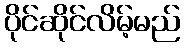
ပိုင်ဆိုင်လိမ့်မည်